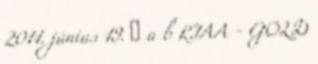
2011. június 19. ↑ a b RIAA - GOLD